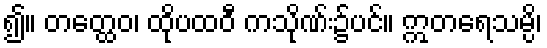
၍။ တတ္ထေဝ၊ ထိုပထဝီ ကသိုဏ်း၌ပင်။ ဣတရေသမ္ပိ၊